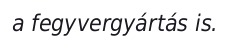
a fegyvergyártás is.